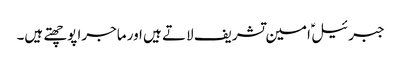
جبرئیل ؑ امین تشریف لاتے ہیں اور ماجرا پوچھتے ہیں۔